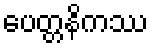
ပေတ္တနိကဿ